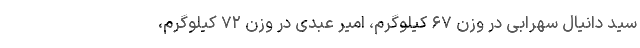
سید دانیال سهرابی در وزن ۶۷ کیلوگرم، امیر عبدی در وزن ۷۲ کیلوگرم،